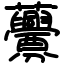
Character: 虋